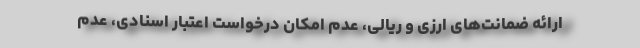
ارائه ضمانت‌های ارزی و ریالی، عدم امکان درخواست اعتبار اسنادی، عدم